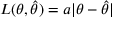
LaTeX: L ( \theta , { \widehat { \theta } } ) = a | \theta - { \widehat { \theta } } |